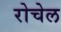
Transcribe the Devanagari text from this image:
रोचेल